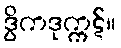
ဒွိကဒုက္ကဋ်။